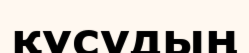
құсудың